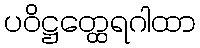
ပဝိဋ္ဌတ္ထေရဂါထာ